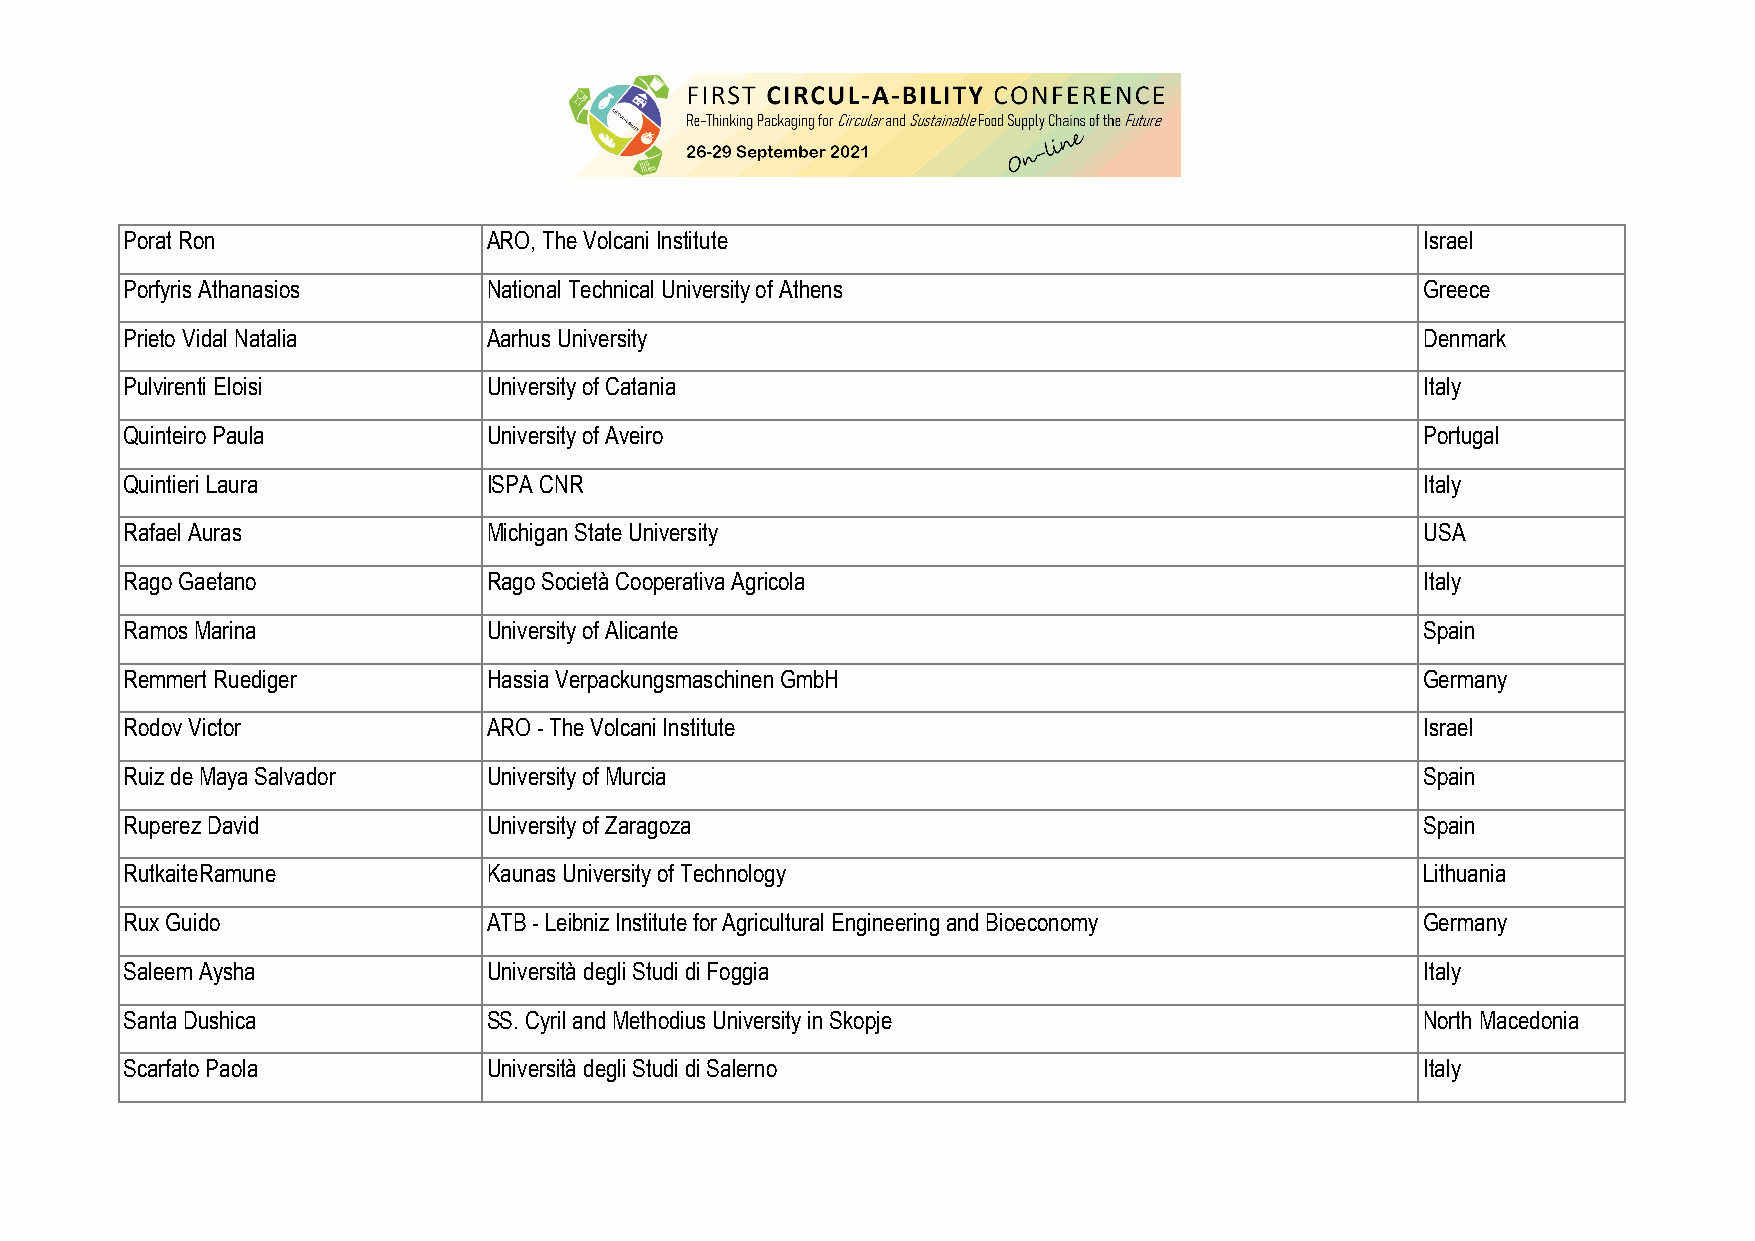
Porat Ron               ARO, The Volcani Institute                                    Israel
 Porfyris Athanasios     National Technical University of Athens                       Greece
 Prieto Vidal Natalia    Aarhus University                                             Denmark
 Pulvirenti Eloisi       University of Catania                                         Italy
 Quinteiro Paula         University of Aveiro                                          Portugal
 Quintieri Laura         ISPA CNR                                                      Italy
 Rafael Auras            Michigan State University                                     USA
 Rago Gaetano            Rago Società Cooperativa Agricola                             Italy
 Ramos Marina            University of Alicante                                        Spain
 Remmert Ruediger        Hassia Verpackungsmaschinen GmbH                              Germany
 Rodov Victor            ARO - The Volcani Institute                                   Israel
 Ruiz de Maya Salvador   University of Murcia                                          Spain
 Ruperez David           University of Zaragoza                                        Spain
 RutkaiteRamune          Kaunas University of Technology                               Lithuania
 Rux Guido               ATB - Leibniz Institute for Agricultural Engineering and Bioeconomy Germany
 Saleem Aysha            Università degli Studi di Foggia                              Italy
 Santa Dushica           SS. Cyril and Methodius University in Skopje                  North Macedonia
 Scarfato Paola          Università degli Studi di Salerno                             Italy